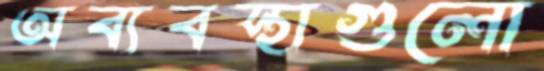
অব্যবস্থাগুলো